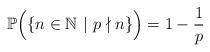
LaTeX: \begin{align*} \mathbb{P} \Big( \{ n \in \mathbb{N} \ | \ p \nmid n \} \Big) = 1-\frac{1}{p}\end{align*}